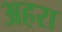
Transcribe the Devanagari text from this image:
अहरा